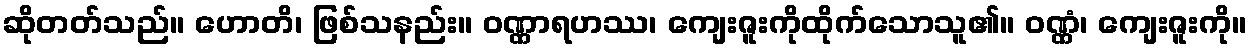
ဆိုတတ်သည်။ ဟောတိ၊ ဖြစ်သနည်း။ ဝဏ္ဏာရဟဿ၊ ကျေးဇူးကိုထိုက်သောသူ၏။ ဝဏ္ဏံ၊ ကျေးဇူးကို။